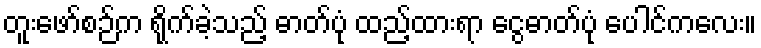
တူးဖော်စဉ်က ရိုက်ခဲ့သည့် ဓာတ်ပုံ ထည့်ထားရာ ငွေဓာတ်ပုံ ပေါင်ကလေး။